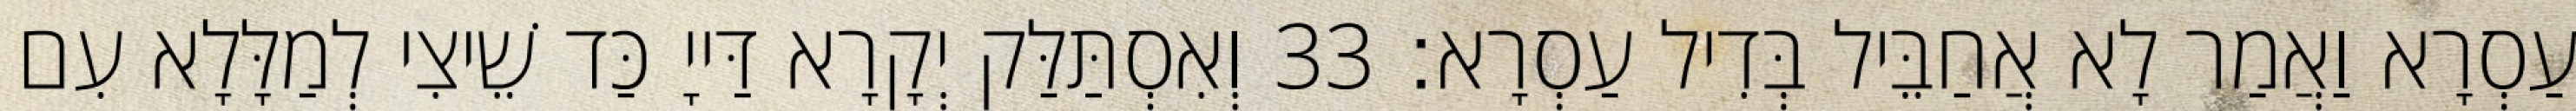
עַסְרָא וַאֲמַר לָא אֲחַבֵּיל בְּדִיל עַסְרָא׃ 33 וְאִסְתַּלַּק יְקָרָא דַּייָ כַּד שֵׁיצִי לְמַלָּלָא עִם